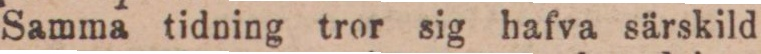
Samma tidning tror sig hafva särskild